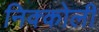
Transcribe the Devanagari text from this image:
निक्कोली